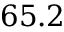
6 5 . 2